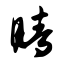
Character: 睛